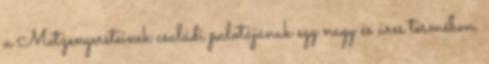
a Metzengersteinek családi palotájának egy nagy és üres termében.